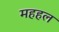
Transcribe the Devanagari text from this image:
महहल